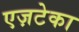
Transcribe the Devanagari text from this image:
एज़टेका